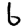
Digit: 6